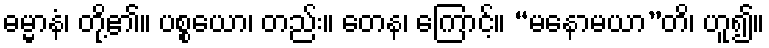
ဓမ္မာနံ၊ တို့၏။ ပစ္စယော၊ တည်း။ တေန၊ ကြောင့်။ “မနောမယာ”တိ၊ ဟူ၍။